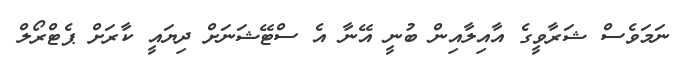
ނަމަވެސް ޝަރާވީގެ އާއިލާއިން ބުނީ އޭނާ އެ ސްޓޭޝަނަށް ދިޔައީ ކާރަށް ޕެޓްރޯލް